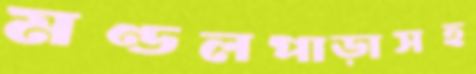
মণ্ডলপাড়াসহ